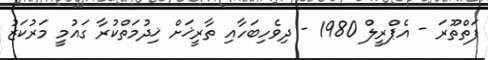
ފަތްތޫރަ - އެޕްރީލް 1980 - ދިވެހިބަހާއި ތާރީޚަށް ޚިދުމަތްކުރާ ގައުމީ މަރުކަޒު